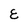
Character: E